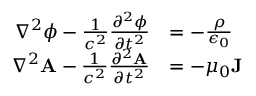
{ \begin{array} { r l } { \nabla ^ { 2 } \phi - { \frac { 1 } { c ^ { 2 } } } { \frac { \partial ^ { 2 } \phi } { \partial t ^ { 2 } } } } & { = - { \frac { \rho } { \epsilon _ { 0 } } } } \\ { \nabla ^ { 2 } \mathbf { A } - { \frac { 1 } { c ^ { 2 } } } { \frac { \partial ^ { 2 } \mathbf { A } } { \partial t ^ { 2 } } } } & { = - \mu _ { 0 } \mathbf { J } } \end{array} }